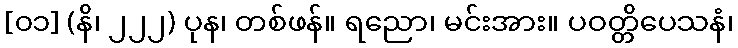
[၀၁] (နိ၊ ၂၂၂) ပုန၊ တစ်ဖန်။ ရညော၊ မင်းအား။ ပဝတ္တိပေသနံ၊